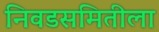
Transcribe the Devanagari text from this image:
निवडसमितीला